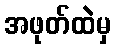
အဖုတ်ထဲမှ